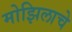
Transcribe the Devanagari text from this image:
मोझिलाचे